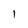
Character: l